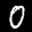
Label: 0